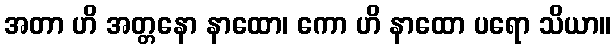
အတာ ဟိ အတ္တနော နာထော၊ ကော ဟိ နာထော ပရော သိယာ။